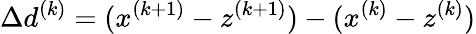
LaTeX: \Delta d^{(k)}=(x^{(k+1)}-z^{(k+1)})-(x^{(k)}-z^{(k)})